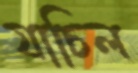
যাচিল